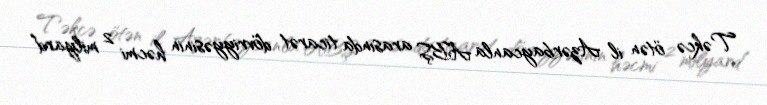
Təkcə ötən il Azərbaycanla ABŞ arasında ticarət dövriyyəsinin həcmi 2 milyard